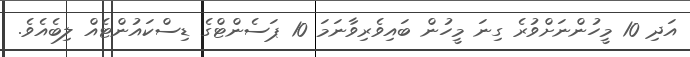
އަދި 10 މީހުންނަށްވުރެ ގިނަ މީހުން ބައިވެރިވާނަމަ 10 ޕަސެންޓްގެ ޑިސްކައުންޓެއް ލިބެއެވެ.